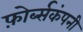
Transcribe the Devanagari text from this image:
फ़ोर्ब्सकंपनी